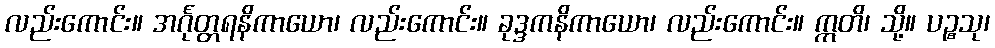
လည်းကောင်း။ အင်္ဂုတ္တရနိကာယော၊ လည်းကောင်း။ ခုဒ္ဒကနိကာယော၊ လည်းကောင်း။ ဣတိ၊ သို့။ ပဉ္စသု၊